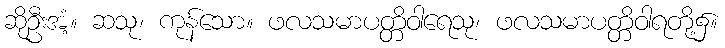
ဆိုဦးအံ့။ ဆသု၊ ကုန်သော။ ဖလသမာပတ္တိဝါရေသု၊ ဖလသမာပတ္တိဝါရတို့၌။